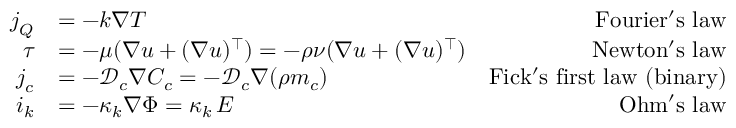
\begin{array} { r l r } { \boldsymbol { j } _ { Q } } & { = - k \nabla T } & { \mathrm { F o u r i e r ' s ~ l a w } } \\ { \boldsymbol { \tau } } & { = - \mu ( \nabla \boldsymbol { u } + ( \nabla \boldsymbol { u } ) ^ { \top } ) = - \rho \nu ( \nabla \boldsymbol { u } + ( \nabla \boldsymbol { u } ) ^ { \top } ) } & { \mathrm { N e w t o n ' s ~ l a w } } \\ { \boldsymbol { j } _ { c } } & { = - \mathcal { D } _ { c } \nabla C _ { c } = - \mathcal { D } _ { c } \nabla ( \rho m _ { c } ) } & { \mathrm { F i c k ' s ~ f i r s t ~ l a w ~ ( b i n a r y ) } } \\ { \boldsymbol { i } _ { k } } & { = - \kappa _ { k } \nabla \Phi = \kappa _ { k } \, \boldsymbol { E } } & { \mathrm { O h m ' s ~ l a w } } \end{array}